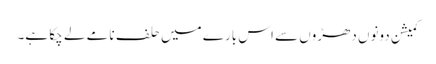
کمیشن دونوں دھڑوں سے اس بارے میں حلف نامے لے چکا ہے۔